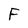
Character: F